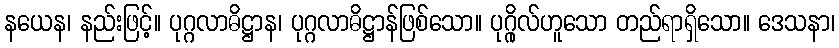
နယေန၊ နည်းဖြင့်။ ပုဂ္ဂလာဓိဋ္ဌာန၊ ပုဂ္ဂလာဓိဋ္ဌာန်ဖြစ်သော။ ပုဂ္ဂိုလ်ဟူသော တည်ရာရှိသော။ ဒေသနာ၊